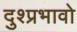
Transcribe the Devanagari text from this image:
दुश्प्रभावो